Report of the Indian Hemp Drugs Commission, 1894-1895 - Volume VII
Year: 1894
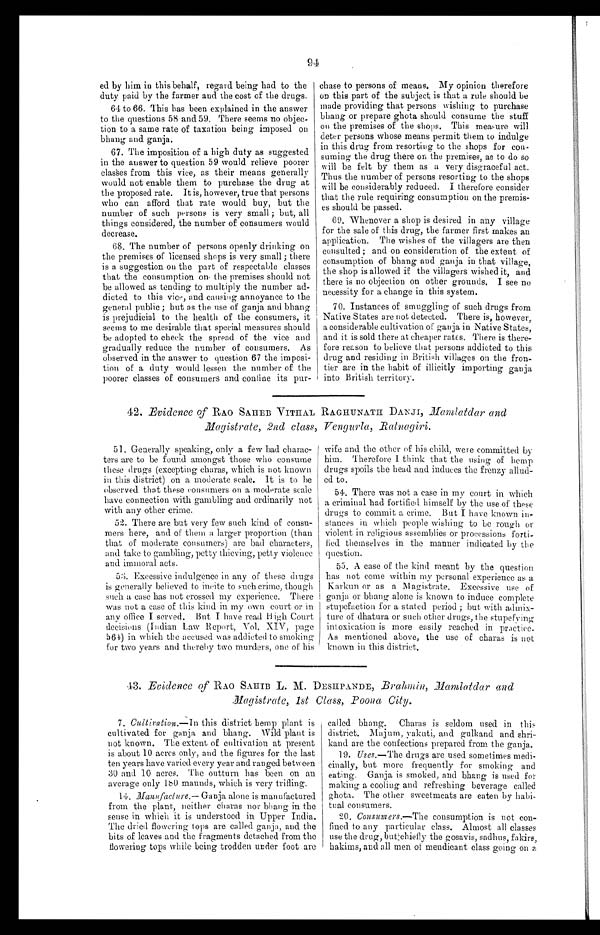
94
ed by him in this behalf, regard being had to the
duty paid by the farmer and the cost of the drugs.
64 to 66. This has been explained in the answer
to the questions 58 and 59, There seems no objec--
tion to a same rate of taxation being imposed on
bhang and ganja.
67. The imposition of a high duty as suggested
in the answer to question 59 would relieve poorer
classes from this vice, as their means generally
would not enable them to purchase the drug at
the proposed rate. It is, however, true that persons
who can afford that rate would buy, but the
number of such persons is very small ; but, all
things considered, the number of consumers would
decrease.
68. The number of persons openly drinking on
the premises of licensed shops is very small ; there
is a suggestion on the part of respectable classes
that the consumption on the premises should not
be allowed as tending to multiply the number ad-
-dicted to this vice, and causing annoyance to the
general public ; but as the use of ganja, and bhang
is prejudicial to the health of the consumers, it
seems to me desirable that special measures should
be adopted to check the spread of the vice and
gradually reduce the number of consumers. As
observed in the answer to question 67 the imposi-
-tion of a duty would lessen the number of the
poorer classes of consumers and confine its pur-
chase to persons of means. My opinion therefore
on this part of the subject is that a rule should be
made providing that persons wishing to purchase
bhang or prepare ghota should consume the stuff
on the premises of the shops. This measure will
deter persons whose means permit them to indulge
in this drug from resorting to the shops for con-
- s u m i n g t h e d r u g t h e r e o n t h e p r e m i s e s , a s t o d o s o
will be felt by them as a very disgraceful act.
Thus the number of persons resorting to the shops
will be considerably reduced. I therefore consider
that the rule requiring consumption on the premis-
- e s s h o u l d b e p a s s e d .
69. Whenever a shop is desired in any village
for the sale of this drug, the farmer first makes an
application. The wishes of the villagers are then
consulted ; and on consideration of the extent of
consumption of bhang and ganja in that village,
the shop is allowed if the villagers wished it, and
there is no objection on other grounds. I see no
necessity for a change in this system.
70. Instances of smuggling of such drugs from
Native States are not detected. There is, however,
a considerable cultivation of ganja in Native States,
and it is sold there at cheaper rates, There is there--
fore reason to believe that persons addicted to this
drug and residing in British villages on the fron--
tier are in the habit of illicitly importing ganja
into British territory.
42. Evidence of RAO SAHEB VITHAL RAGHUNATH DANJI Mamlatdar and
Magistrate, 2nd class, Vengurla, Batnagiri.
51. Generally speaking, only a few bad charac-
ters are to be found amongst those who consume
these drugs (excepting charas, which is not known
in this district) on a moderate scale. It is to be
observed that these consumers on a moderate scale
have connection with gambling and ordinarily not
with any other crime.
52. There are but very few such kind of consu-
mers here, and of them a larger proportion (than
that of moderate consumers) are bad characters,
and take to gambling, petty thieving, petty violence
and immoral acts.
53. Excessive indulgence in any of these drugs
is generally believed to incite to such crime, though
such a case has not crossed my experience. There
was not a case of this kind in my own court or in
any office I served. But I hove read High Court
decisions (Indian Law Report, Vol. XIV, page
564) in which the accused was addicted to smoking
for two years and thereby two murders, one of his
wife and the other of his child, were committed by
him. Therefore, I think that the using of hemp
drugs spoils the head and induces the frenzy allud-
- e d t o .
54. There was not a case in my court in which
a criminal had fortified himself by the use of these
drugs to commit a crime. But I have known in-
stances in which people wishing to be rough or
violent in religious assemblies or processions forti-
- f i e d t h e m s e l v e s i n t h e m a n n e r i n d i c a t e d b y t h e
question.
55. A case of the kind meant by the question
has not come within my personal experience as a
Karkun or as a Magistrate. Excessive use of
ganja or bhang alone is known to induce complete
stupefaction for a stated period ; but with admix-
-ture of dhatura or such other drugs, the stupefying
intoxication is more easily reached in practice.
As mentioned above, the use of charas is not
known in this district.
43. Evidence of RAO SAHIB L. M. DESHPANDE, Brahmin, Mamlatdar and
Magistrate, 1st Class, Poona City.
7. Cultivation.—In this district hemp plant is
cultivated for ganja and bhang. Wild plant is
not known. The extent of cultivation at present
is about 10 acres only, and the figures for the last
ten years have varied every year and ranged between
30 and 10 acres. The outturn has been on an
average only 180 maunds, which is very trifling.
14. Manufacture.—Ganja alone is manufactured
from the plant, neither c h aras nor bhang in the
sense in which it is understood in Upper India.
The dried flowering tops are called ganja, and the
bits of leaves and the fragments detached from the
flowering tops while being trodden under foot are
called bhang. Charas is seldom used in this
district. Majum, yakuti, and gulkand and shri
-kand are the confections prepared from the ganja.
19. Uses.— The drugs are used sometimes medi-
cinally, but more frequently for smoking and
eating. Ganja is smoked, and bhang is used for
making a cooling and refreshing beverage called
ghota. The other sweetmeats are eaten by habi--
tual consumers.
Consumers.—The consumption is not con-
fined to any particular class. Almost all classes
use the drug, but chiefly the gosavis, sadhus, fakirs,
hakims, and all men of mendicant class going on a